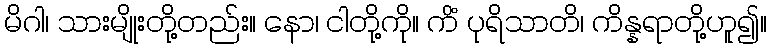
မိဂါ၊ သားမျိုးတို့တည်း။ နော၊ ငါတို့ကို။ ကိံ ပုရိသာတိ၊ ကိန္နရာတို့ဟူ၍။